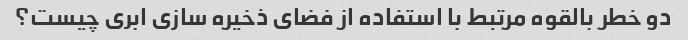
دو خطر بالقوه مرتبط با استفاده از فضای ذخیره سازی ابری چیست؟